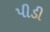
પીડી